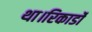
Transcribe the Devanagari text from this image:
था।रिकार्डो